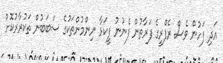
އަދި ފަހުން ވެސް ރެފްރީގެ ފަރާތުން ފެނުނު ފީކަޅާ ނިންމުންތަކުގެ ސަބަބުން ތަކުރާރުކޮށް